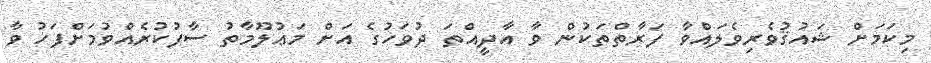
މިކަމަށް ޝައުޤުވެރިވެލައްވާ ފަރާތްތަކުން ވާ އާދީއްތަ ދުވަހުގެ އަށް މަޢުލޫމާތު ސާފުކުރެއްވުމަށްފަހު ވާ